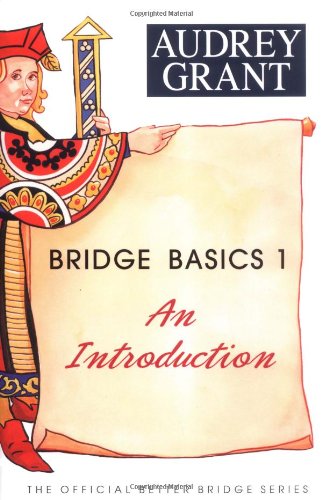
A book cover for Bridge Basics 1: An Introduction (The Official Better Bridge Series); Audrey Grant; Humor & Entertainment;